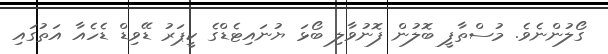
ގޯލުންނެވެ. މުސްތާފީ ބޮލުން ފޮނުވާލި ބޯޅަ ޔުނައިޓެޑްގެ ކީޕަރު ޑޭވިޑް ޑެހެއާ އަތުގައި